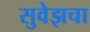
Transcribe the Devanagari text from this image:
सुवेझचा